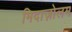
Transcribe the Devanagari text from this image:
मिदाज़ोलम